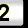
Digit: 2